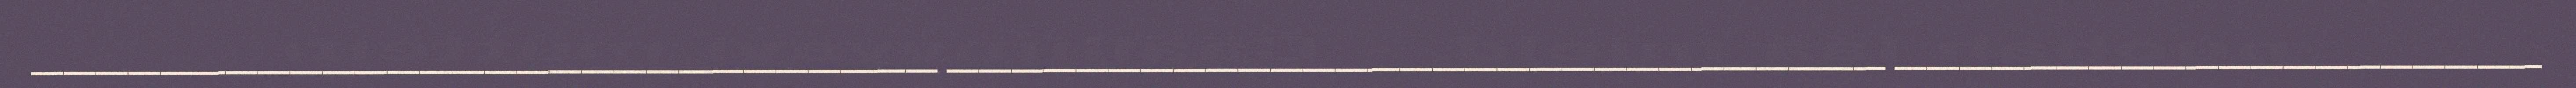
____________________________ _____________________________ ____________________